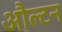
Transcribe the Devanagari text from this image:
औल्टन